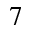
7